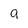
Character: a